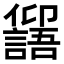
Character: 𠑕